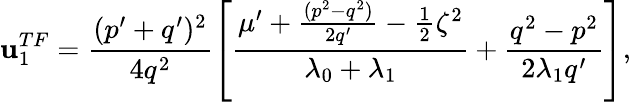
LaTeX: \mathbf{u}_{1}^{TF}=\frac{{(p^{\prime}+q^{\prime})^{2}}}{{4q^{2}}}\left[\frac{{\mu^{\prime}+\frac{{(p^{2}-q^{2})}}{{2q^{\prime}}}-\frac{{1}}{{2}}\zeta^{2}}}{{\lambda_{0}+\lambda_{1}}}+\frac{{q^{2}-p^{2}}}{{2\lambda_{1}q^{\prime}}}\right],